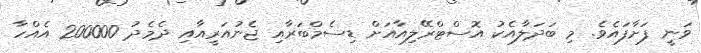
ވަނީ ފަށާފައެވެ. މި ބަދަލާއެކު އޮސްޓްރޭލިއާއަށް ޑިސެމްބަރާއި ޖެނުއަރީއާއި ދެމެދު 200000 އެއްހާ